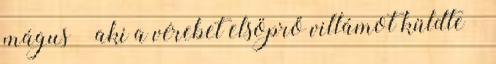
mágus – aki a vérebet elsöprő villámot küldte –